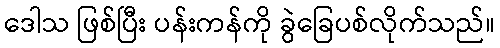
ဒေါသ ဖြစ်ပြီး ပန်းကန်ကို ခွဲခြေပစ်လိုက်သည်။